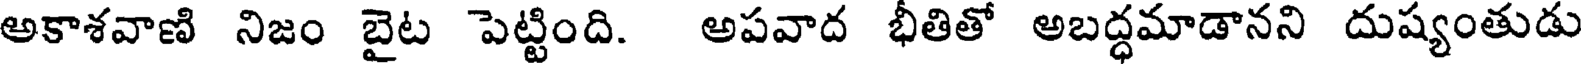
అకాశవాణి నిజం బైట పెట్టింది. అపవాద భీతితో అబద్ధమాడానని దుష్యంతుడు